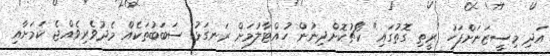
އަދި މިސީޒަނަށްފަހު "ރީތި ގޮތުގައި" ކޯޗުކޮށްދިނުން ހުއްޓާލުމަށް ރަނގަޅު ސަބަބުތަކެއް މެދުވެރިވެއްޖެ ކަމަށާއި